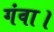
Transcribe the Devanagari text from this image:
गंवा।